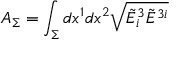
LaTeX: A _ { \Sigma } = \int _ { \Sigma } d x ^ { 1 } d x ^ { 2 } { \sqrt { { \tilde { E } } _ { i } ^ { 3 } { \tilde { E } } ^ { 3 i } } }